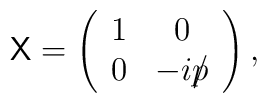
{\sf X}=\left(\begin{array}{cc}1 & 0 \\0 & -ip\llap/ \end{array}\right),